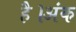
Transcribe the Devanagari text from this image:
है।अंक